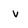
Character: v